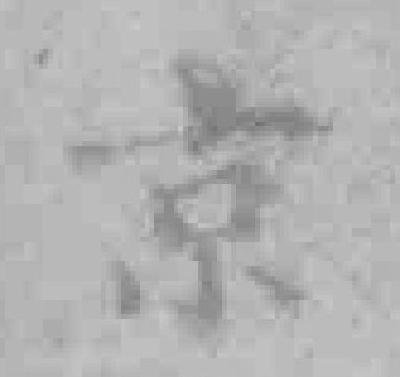
京